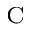
_ \textrm { C }